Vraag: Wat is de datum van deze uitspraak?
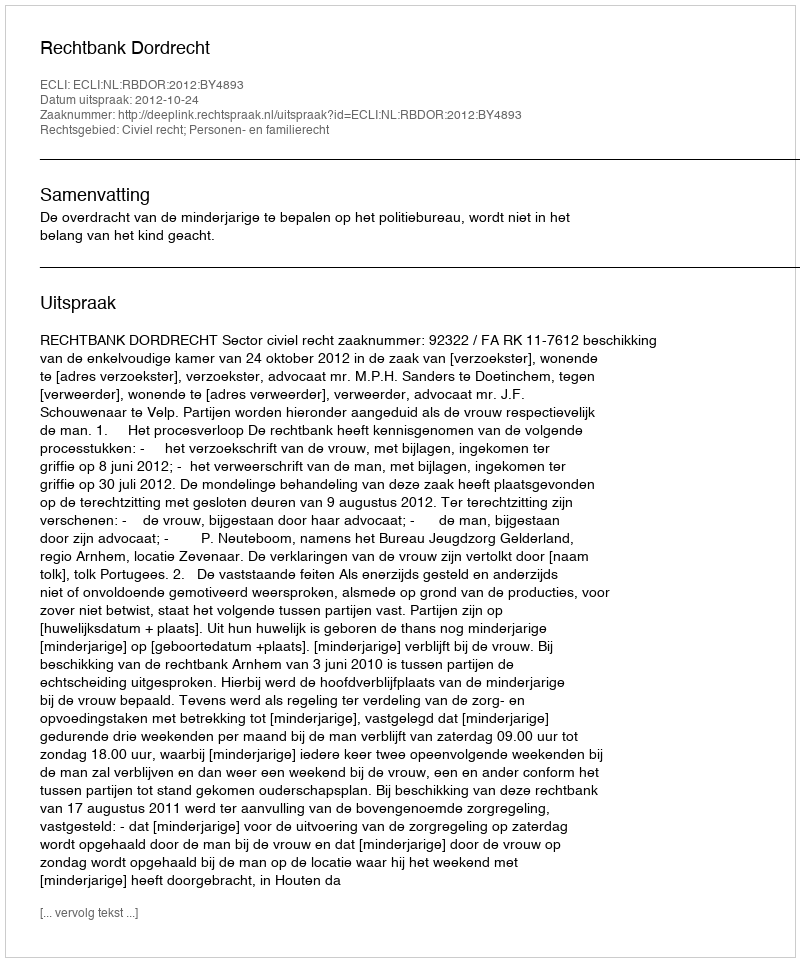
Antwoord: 2012-10-24